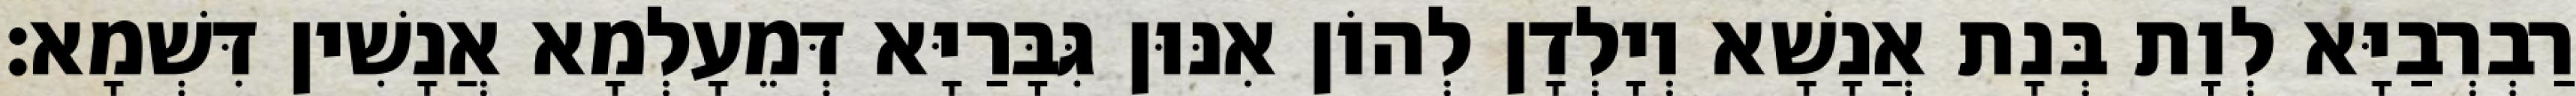
רַבְרְבַיָּא לְוָת בְּנָת אֲנָשָׁא וְיָלְדָן לְהוֹן אִנּוּן גִּבָּרַיָּא דְּמֵעָלְמָא אֲנָשִׁין דִּשְׁמָא׃